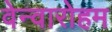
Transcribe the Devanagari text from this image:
वेन्वारोहम